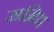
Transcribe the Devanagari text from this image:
सम्रिध